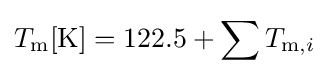
T_{\text{m}}[{\text{K}}]=122.5+\sum T_{{\text{m}},i}